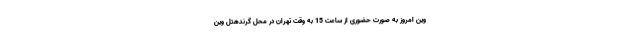
وین امروز به صورت حضوری از ساعت 15 به وقت تهران در محل گرندهتل وین